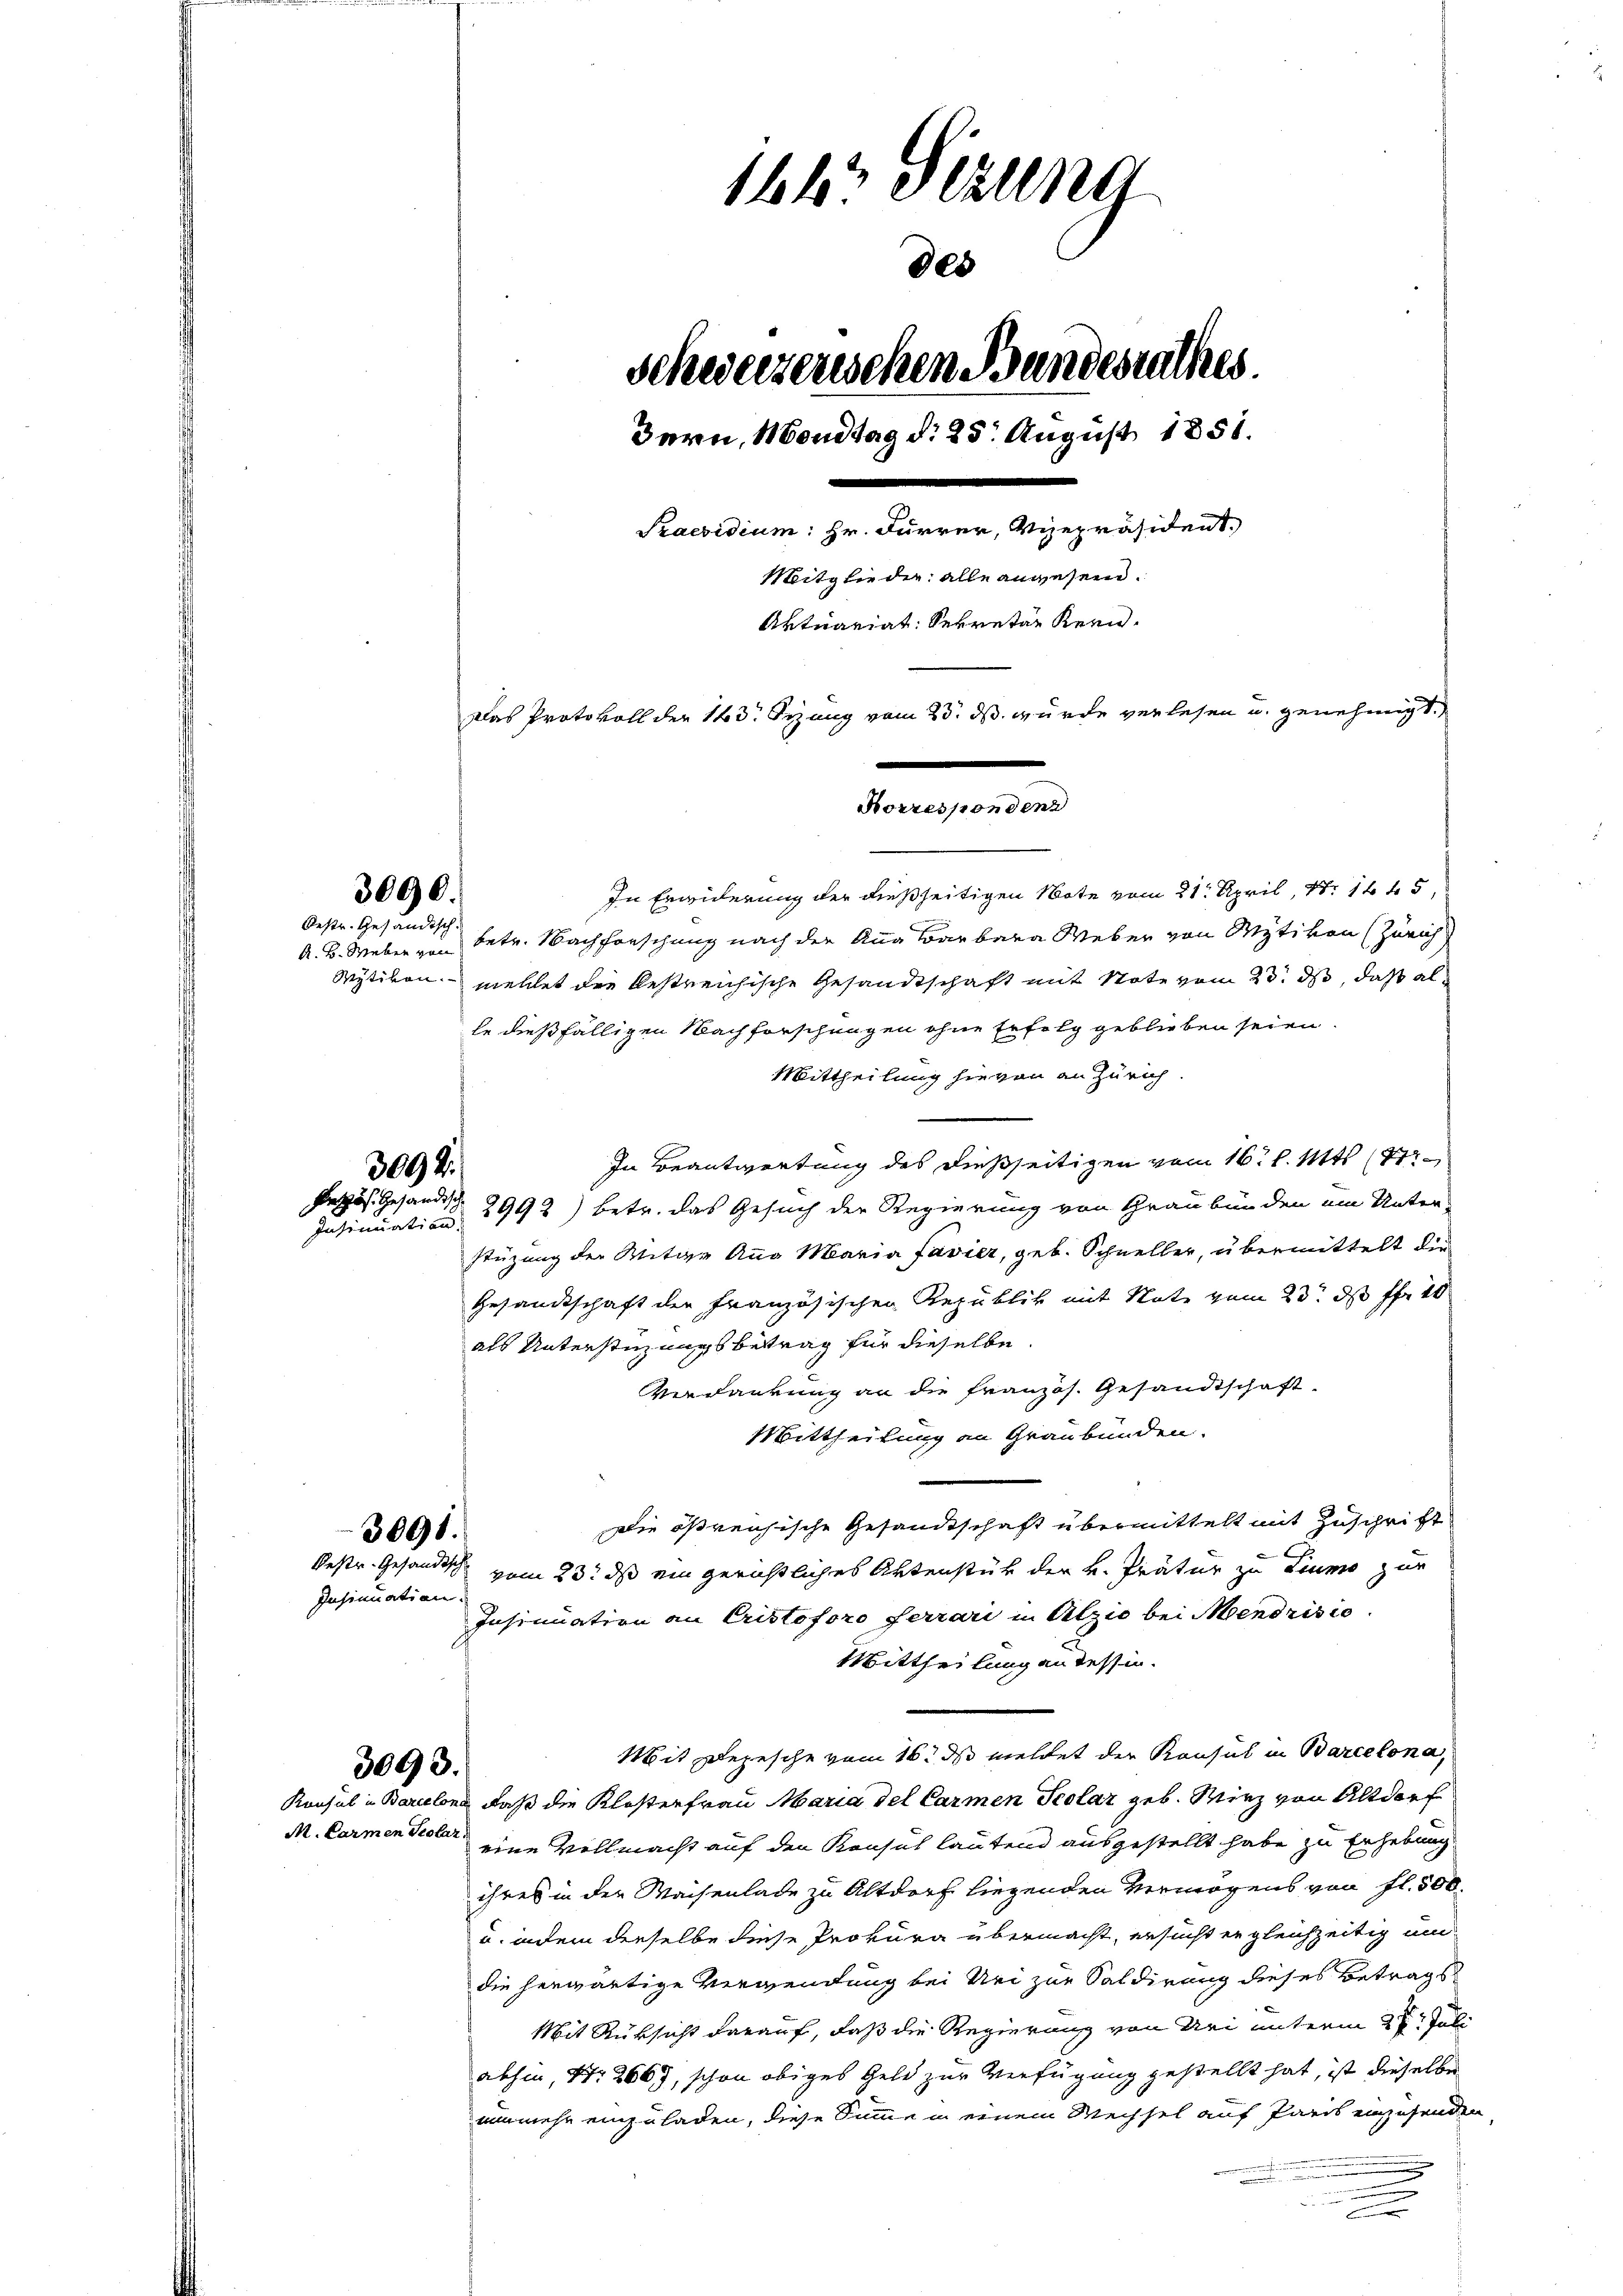
3098.
Pezös. Gesandtsc

3091.
Pestr. Gesandtsch
Insinuation.

3000.

Restr. Gesändisch

3093.

1r Otzung
800
Schweizerwesen Bandesrathes.
Bern, Mondtag d. 25. August 1851.
.
Praesidium: Hr. Furrer, Vizepräsident
Mitglieder alle anwesen.
Aktuariat Sekretär Kern¬
Das Protokoll der 143. Sizung vom 25. ds. wurde verlesen u. genehmigt.
.

In Erwiderung der dießseitigen Note vom 21. April, N. 1645,
A. B. Weber von betr. Nachforschung nach der Aug Barbara Weber von Motiven (Zürich
Wytikon mellet die bestreichische Gesandtschaft mit Note vom 23. ds, daß al
le dießfälligen Nachforschungen ohne Erfolg geblieben seien.
Mittheilung hievon an Zürich
In Beantwortung des dießseitigen vom 16. l. Mts. (77
Jusicurti ad 2992) betr. das Gesuch der Regierung von Graubünden ein Unter-
stüzung der Mitge Anna Maria favier, geb. Schneller, übermittelt die
Gesandtschaft der Französischen Republik mit Note vom 23. ds ff. 10
als Unterstüzungsbetrag für dieselbe
Verdankung an die französ. Gesandtschaft
Mittheilung an Graubünden.
Die ößreichische Gesandtschaft übermittelt mit Zuschrift
vom 23. ds ein gerichtliches Aktenstück der v. Prätur zu Liumo zur
Insinuation an Cristoforo ferrari in Alzio bei Mendrisio
Mittheilung an dessen.
Mit Depesche vom 16. ds mehret der Konsul in Barcelona,
Konsul in Barcelona daß die Klosterfrau Maria del Carmen Seolaz geb. Wirz von Altdorf
M. Carmen Proler eine Vollmacht auf den Konsul lautend ausgestellt habe zu Erhebung
ihres in der Waisenlade zu Altdorf liegenden Vermögens von fl. 500.
u. indem derselbe diese Prokura übermacht, ersucht er gleichzeitig um
die herwärtige Verwendung bei Nei zur Saldirung dieses Betrags
Mit Rüksicht darauf, daß die Regierung von Uri unterm 27t Juli
abhin, Nr. 2667, schon obiges Geld zur Verfügung gestellt hat, ist dieselbe
nunmehr einzuladen, diese Sinne in einem Wechsel auf Paris einzusenden
n

Korrespondenz